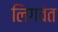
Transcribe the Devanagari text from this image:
लिंगवंत